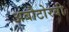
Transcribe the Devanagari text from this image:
अबौटोरबी